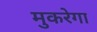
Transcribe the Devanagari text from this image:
मुकरेगा